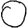
Digit: 0